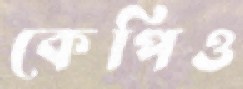
কেপিও